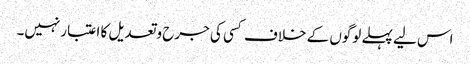
اس لیے پہلے لوگوں کے خلاف کسی کی جرح وتعدیل کا اعتبارنہیں۔